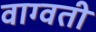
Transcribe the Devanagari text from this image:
वाग्वती